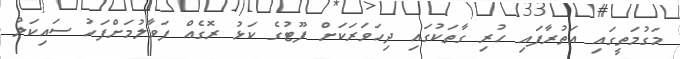
މަގުމަތީގައި އަތުރާފައި ހުރި ގާތަކުގައި ދިހަވަރަކަށް ފޫޓުގެ ކަޅު ރޮގެއް ފަވާލުމަށްފަހު ސައިކަލު